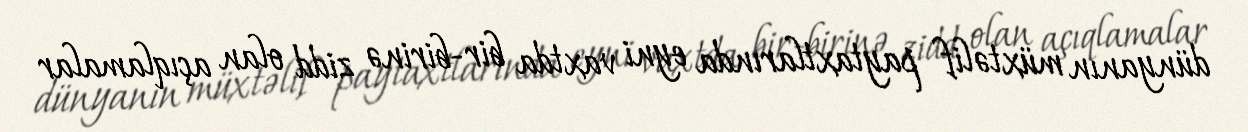
dünyanın müxtəlif paytaxtlarında eyni vaxtda bir-birinə zidd olan açıqlamalar